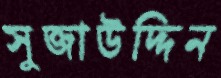
সুজাউদ্দিন